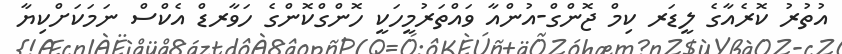
އުތުރު ކޮރެއާގެ ލީޑަރ ކިމް ޖޮންގް-އުންއާ ވައްތަރުމީހަކީ ހޮންގްކޮންގެ ހަވާރޑް އެކްސް ނަމަކަށްކިޔާ